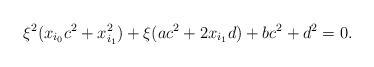
LaTeX: \begin{align*} \xi^2 (x_{i_0} c^2 + x_{i_1}^2) + \xi (a c^2 + 2 x_{i_1} d) + b c^2 + d^2 = 0.\end{align*}